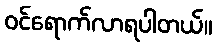
ဝင်ရောက်လာရပါတယ်။